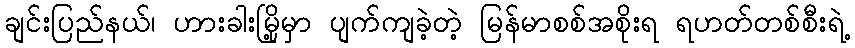
ချင်းပြည်နယ်၊ ဟားခါးမြို့မှာ ပျက်ကျခဲ့တဲ့ မြန်မာစစ်အစိုးရ ရဟတ်တစ်စီးရဲ့